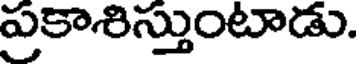
ప్రకాశిస్తుంటాడు.